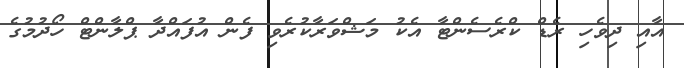
އާއި ދިވެހި ރެޑް ކްރެސެންޓާ އެކު މަޝްވަރާކުރެވި ފެން އުފައްދާ ޕްލާންޓް ހޯދުމުގެ